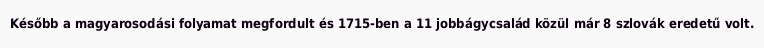
Később a magyarosodási folyamat megfordult és 1715-ben a 11 jobbágycsalád közül már 8 szlovák eredetű volt.